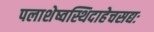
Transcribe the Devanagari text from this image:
पलाशेष्वस्थिदाहेचसद्यः